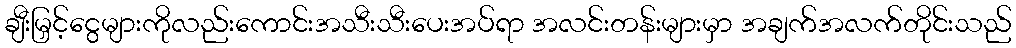
ချီးမြှင့်ငွေများကိုလည်းကောင်းအသီးသီးပေးအပ်ရာ အလင်းတန်းများမှာ အချက်အလက်တိုင်းသည်